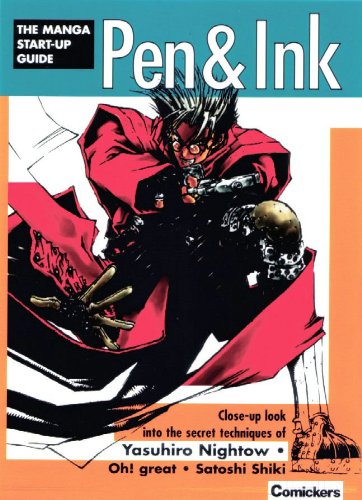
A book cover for Pen & Ink; Comikers; Arts & Photography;